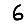
Digit: 6